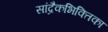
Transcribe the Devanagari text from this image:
सांद्रैकभिक्तिका